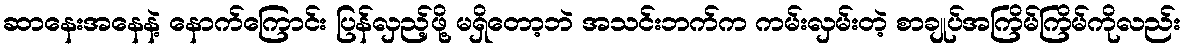
ဆာနေးအနေနဲ့ နောက်ကြောင်း ပြန်လှည့်ဖို့ မရှိတော့ဘဲ အသင်းဘက်က ကမ်းလှမ်းတဲ့ စာချုပ်အကြိမ်ကြိမ်ကိုလည်း